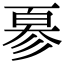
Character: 𢒣